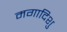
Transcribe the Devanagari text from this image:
मगादिशु